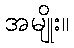
အမျိုး။